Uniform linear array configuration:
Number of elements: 24
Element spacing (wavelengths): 1
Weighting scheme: blackman
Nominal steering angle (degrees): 45
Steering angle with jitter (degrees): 43.403
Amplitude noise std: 0.05
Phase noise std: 0.05

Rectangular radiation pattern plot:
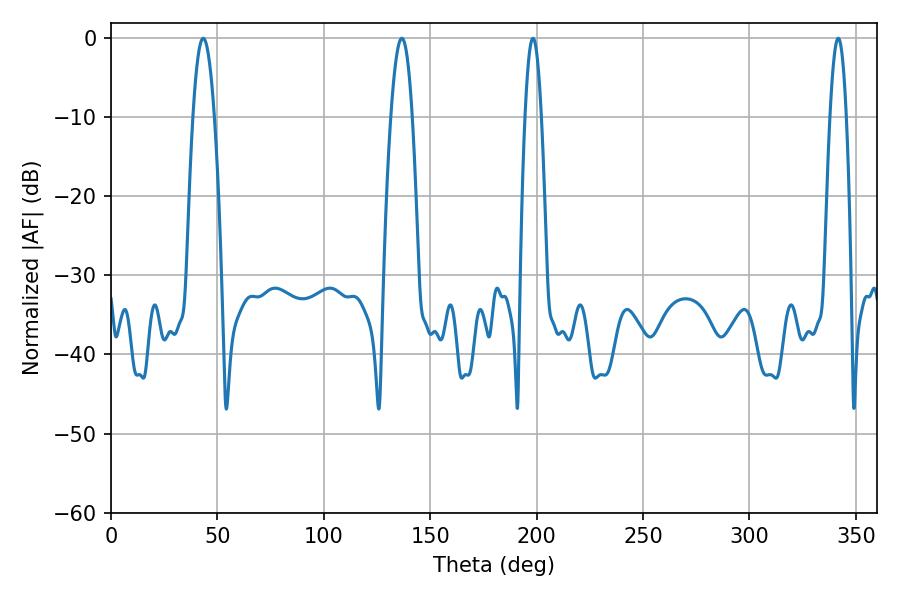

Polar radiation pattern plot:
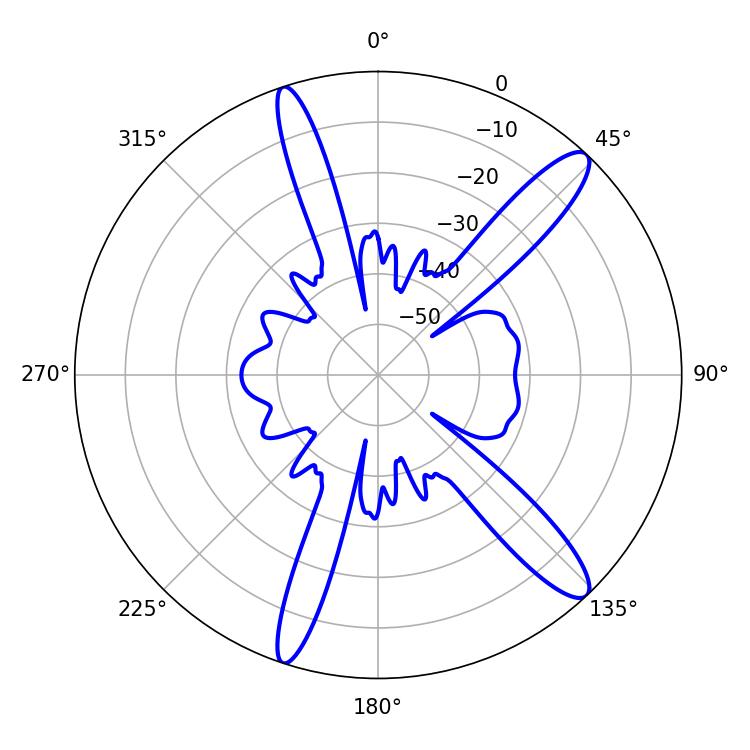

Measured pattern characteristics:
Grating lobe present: TRUE
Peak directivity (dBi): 13.305
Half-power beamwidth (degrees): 5.4
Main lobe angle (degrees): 43.38